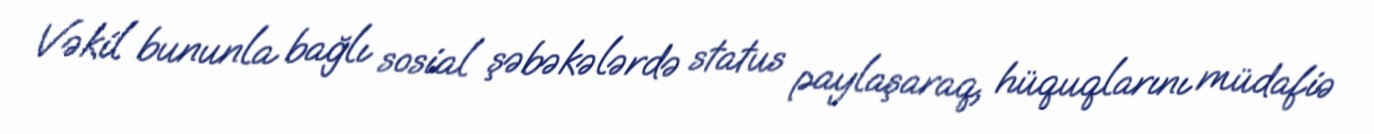
Vəkil bununla bağlı sosial şəbəkələrdə status paylaşaraq, hüquqlarını müdafiə